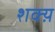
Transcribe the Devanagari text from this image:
शक्य़